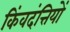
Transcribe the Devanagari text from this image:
किंवदंत्तियों